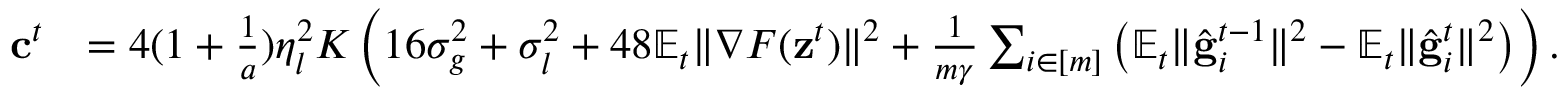
\begin{array} { r l } { \mathbf { c } ^ { t } } & { = 4 ( 1 + \frac { 1 } { a } ) \eta _ { l } ^ { 2 } K \left( 1 6 \sigma _ { g } ^ { 2 } + \sigma _ { l } ^ { 2 } + 4 8 \mathbb { E } _ { t } \Vert \nabla F ( \mathbf { z } ^ { t } ) \Vert ^ { 2 } + \frac { 1 } { m \gamma } \sum _ { i \in [ m ] } \left( \mathbb { E } _ { t } \Vert \hat { \mathbf { g } } _ { i } ^ { t - 1 } \Vert ^ { 2 } - \mathbb { E } _ { t } \Vert \hat { \mathbf { g } } _ { i } ^ { t } \Vert ^ { 2 } \right) \right) . } \end{array}